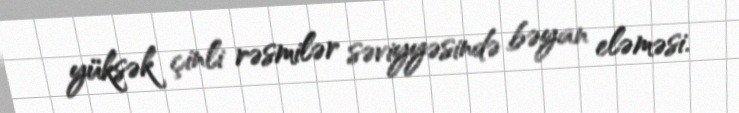
yüksək çinli rəsmilər səviyyəsində bəyan eləməsi.